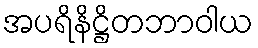
အပရိနိဋ္ဌိတဘာဝါယ